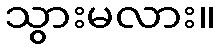
သွားမလား။